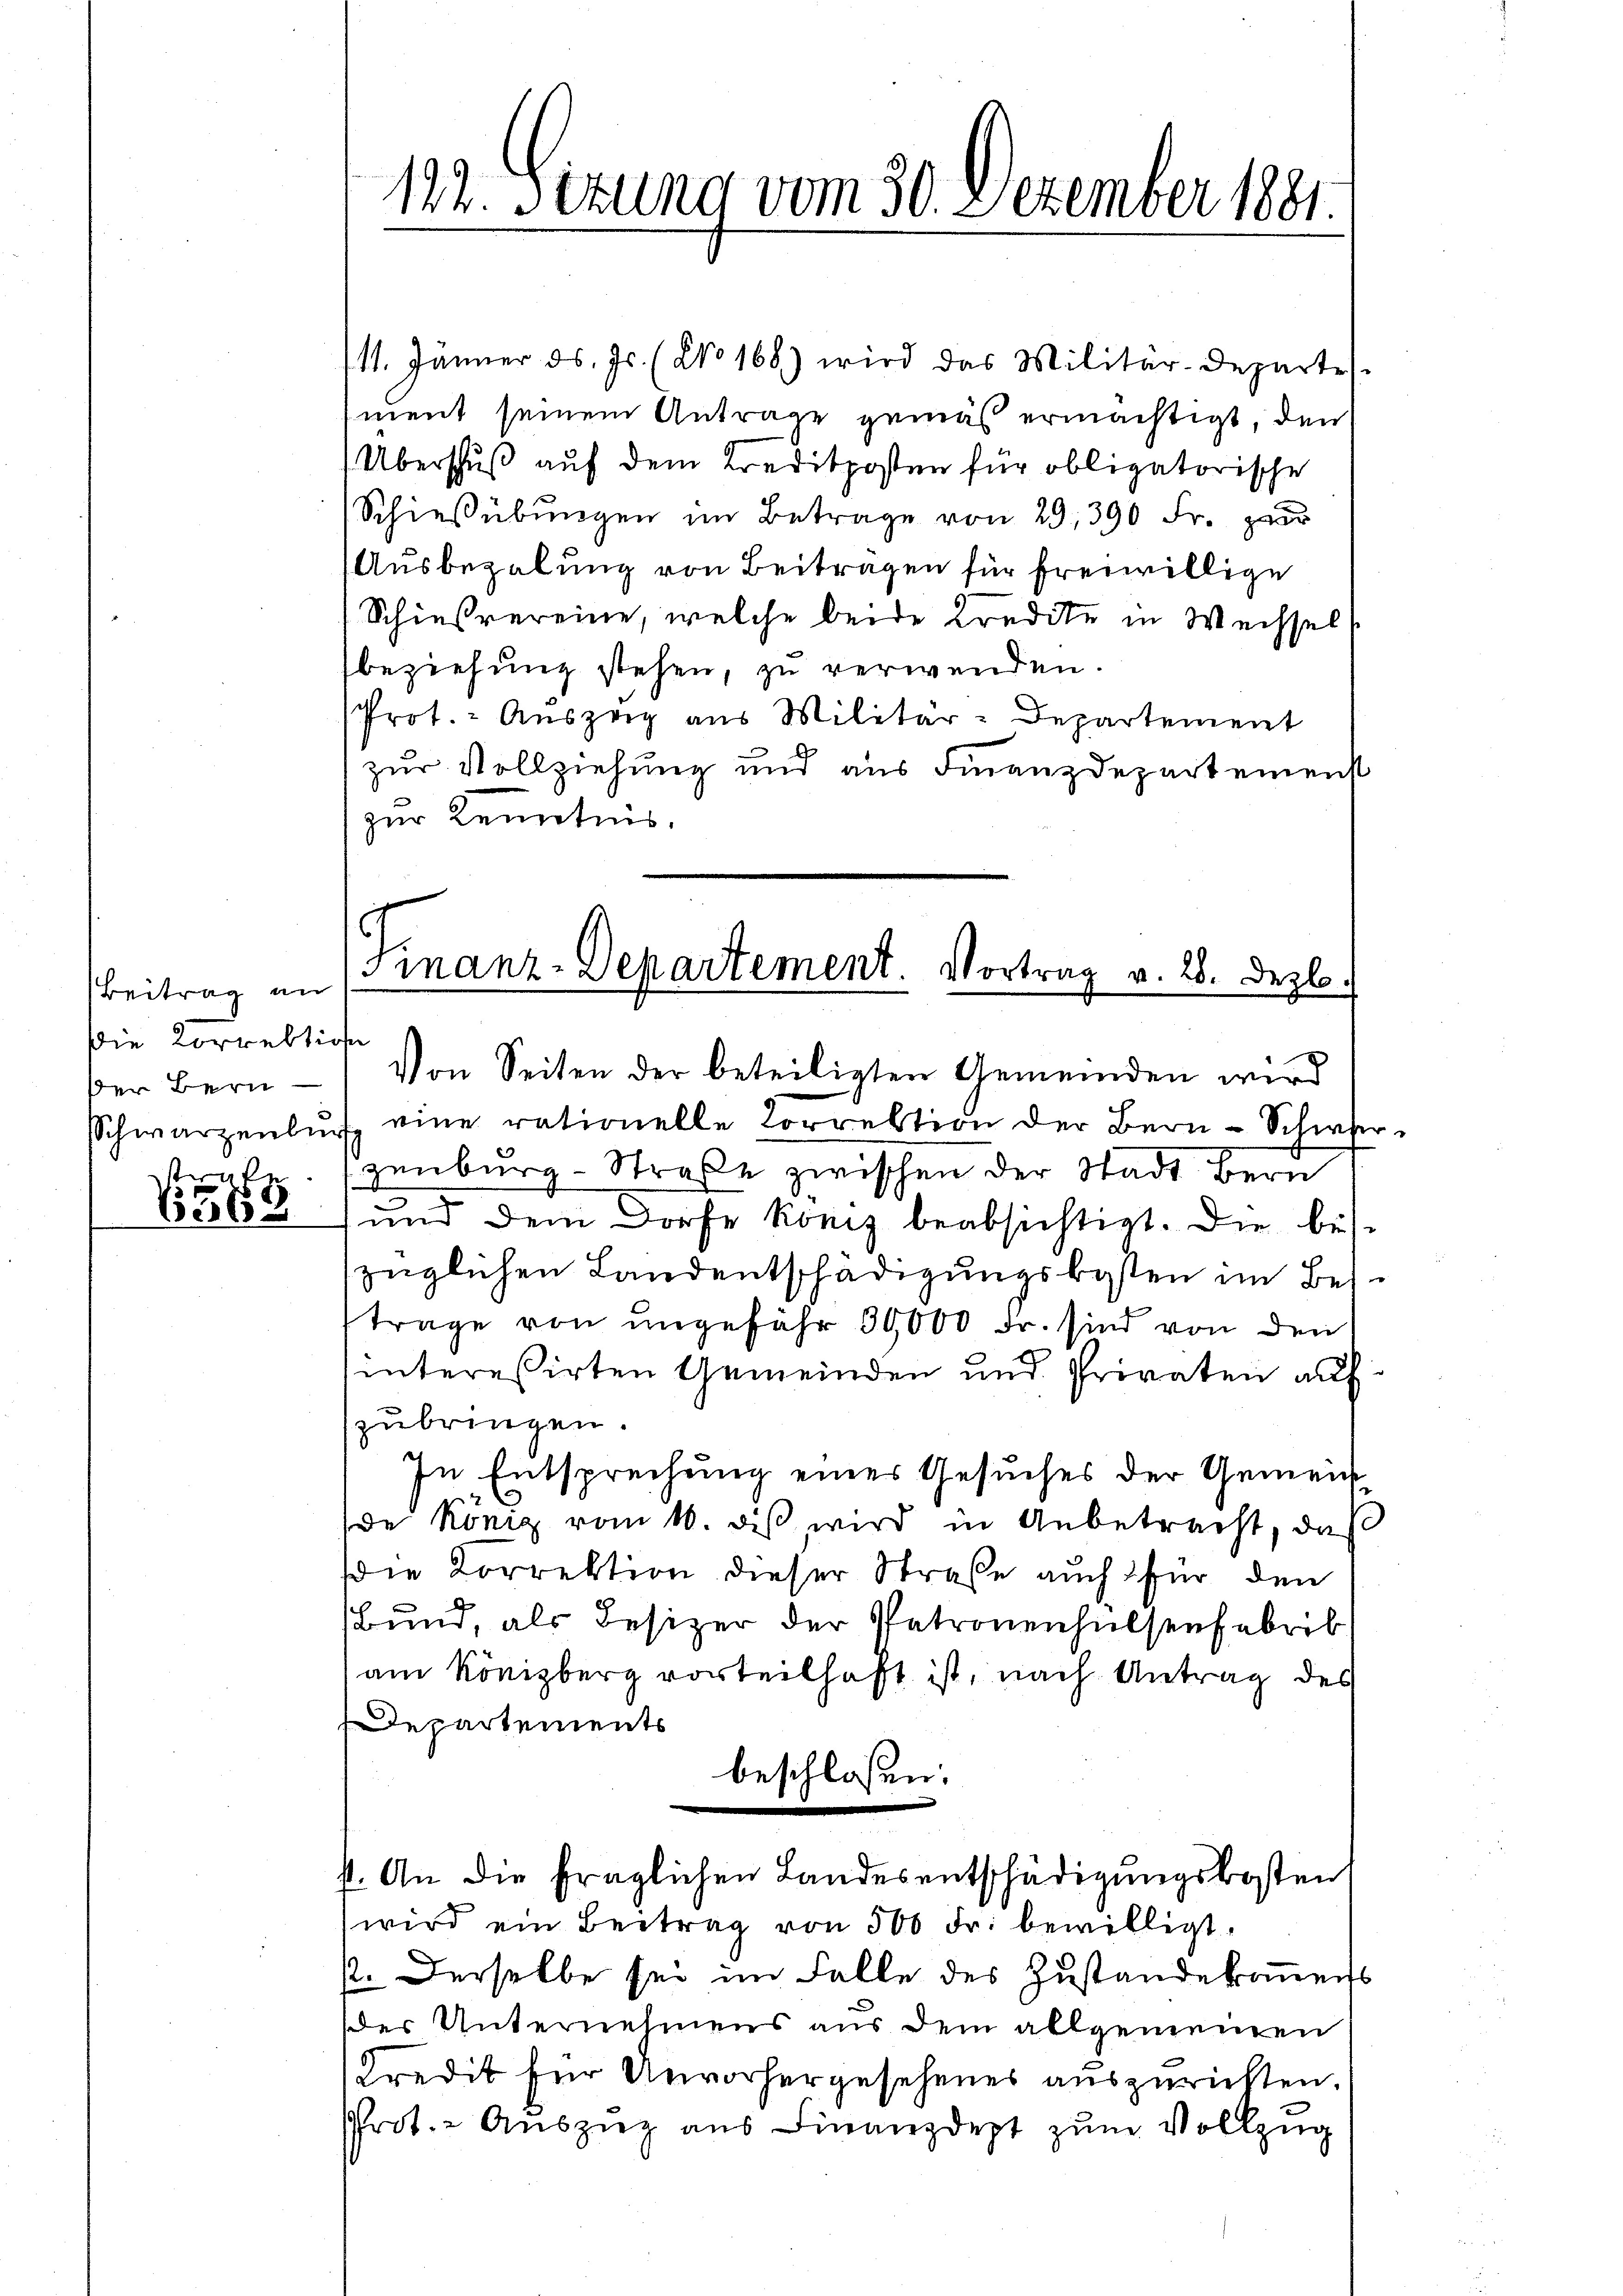
Beitrag an
die Korrektion
Der Bern
rah

6368

/11. Jänner ds. Js. (No 168) wird das Militär-Departes.
ment seinem Antrage gemäß ermächtigt, den
Überschuß auf dem Kreditposten für obligatorische
Schießübungen im Betrage von 29, 390 Fr. per
Ausbezalung von Beiträgen für freiwillige
Schießvereine, welche beide Kredite in Wechsel
beziehŭng stehen, zu verwenden.
Prot. Auszeig aus Militär-Departement
zur Vollziehung und aus Finanzdepartement
zur Kenntnis,
Schwarzenbŭch eine rationelle Correktion der Bern-Schwerzenburg-Straße zwischen der Stadt Bern
und dem Dorfe konig beabsichtigt. Die beszüglichen Landentschädigungskosten im Beitrage von ungefähr 30,000 Fr. sind von den
sinteressirten Gemeinden und Privaten auf
zubringen.
In Entsprechung eines Gesuches der Gemeinde König vom 10. diβ wird in Anbetracht, das
Die Korrektion dieser Straße auch für den
Bund, als Besizer der Patronenhülsenfabrik
am Könisberg vorteilhaft ist, nach Antrag des
Departements
beschloßen:
s. An die fraglichen Landesentschädigungskosten
wird ein Beitrag von 500 Fr. bewilligt.
p. Derselbe sei im Falle des Zustandekommens
dder Unternehmens aus dem allgemeinen
Kredit für Unvorhergesehenes auszurichten.
Prot. - Aŭszieg ans Finanzdept zŭm Vollzug

122. Sizung vom 30. Dezember 1881.

(Finanz-Departement. Vortrag v. 28. Dezbr.
Von Seiten der beteiligten Gemeinden wird